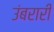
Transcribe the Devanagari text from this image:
उंबरारी